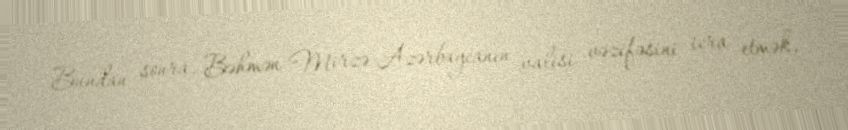
Bundan sonra, Bəhmən Mirzə Azərbaycanın valisi vəzifəsini icra etmək,